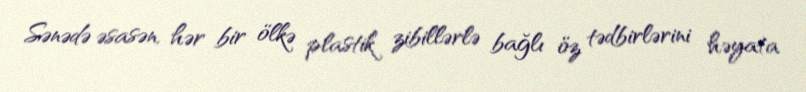
Sənədə əsasən, hər bir ölkə plastik zibillərlə bağlı öz tədbirlərini həyata